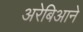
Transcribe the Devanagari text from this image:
अरेबिआने